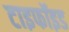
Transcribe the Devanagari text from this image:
टाइफॉइड